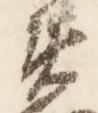
衛